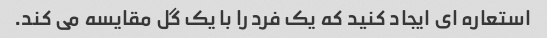
استعاره ای ایجاد کنید که یک فرد را با یک گل مقایسه می کند.